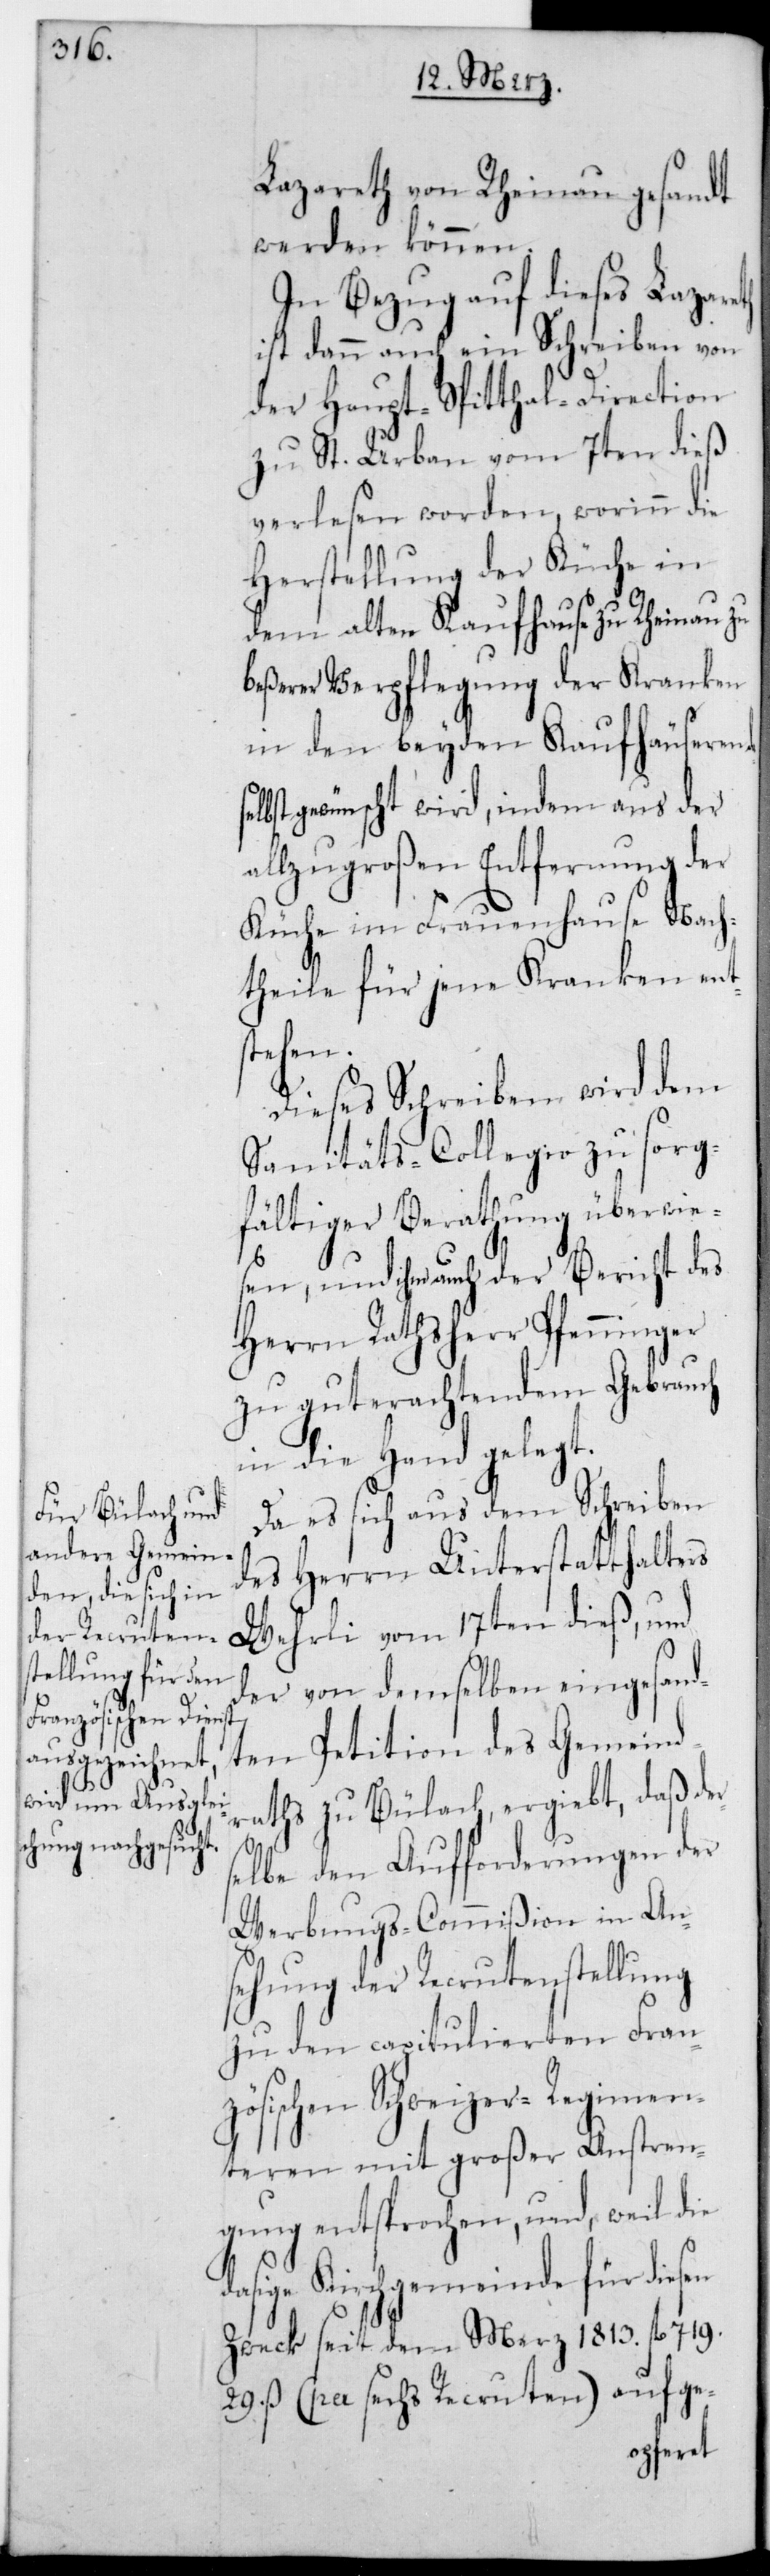
Lazareth von Rheinau gesandt
werden können.
In Bezug auf dieses Lazar¬
ist dann auch ein Schreiben von
der Haupt-Spitthal-Direction
zu St. Urban vom 7ten dieß
verlesen worden, worinn die
Herstellung der Küche in
dem alten Kaufhause zu Rheinau zu
beßerer Verpflegung der Kranken
in den beyden Kaufhäuseren
lbst gewünscht wird, indem aus der
allzu großen Entfernung der
Küche im Frauenhause Nach¬
theile für jene Kranken ents¬
rse¬
Dieses Schreiben wird dem
Sanitäts-Collegio zu sorg¬
fältiger Berathung überwie¬
sen, und ihm auch der Bericht des
Herrn Rathsherr Pfenninger
zu gut erachtendem Gebrauch
in die Hand gelegt.
Da es sich aus dem Schreiben
des Herrn Unterstatthalters
Wehrli vom 17ten dieß, und
der von demselben eingesand¬
ten Petition des Gemeind¬
raths zu Bülach ergiebt, daß de¬
lbe den Aufforderungen der
Werbungs-Commißion in An¬
sehung der Recrutenstellung
zu den capitulierten Franz¬
ösischen Schweizer-Regimen¬
teren mit großer Anstren¬
gung entsprochen, und weil die
dasige Kirchgemeinde für diesen
Zweck seit dem Merz 1813. 719.
29. ß (per sechs Recruten) aufge-